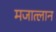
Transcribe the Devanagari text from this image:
मजात्लान